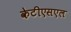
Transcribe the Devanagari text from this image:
केटीएसएल